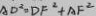
A D ^ { 2 } = D F ^ { 2 } + A F ^ { 2 }